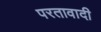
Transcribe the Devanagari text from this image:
परतावादी